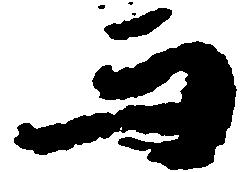
而